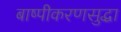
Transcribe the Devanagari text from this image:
बाष्पीकरणसुद्धा